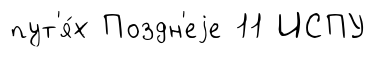
пут'я́х Поздн'еjе 11 ИСПУ